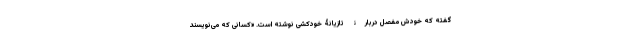
گفته که خودش مفصل دربارۀ تازیانۀ خودکشی نوشته است. «کسانی که می‌نویسند